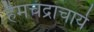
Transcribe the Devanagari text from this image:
हैमचंद्राचार्य